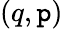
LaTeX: (q,\mathtt{p})